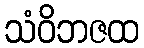
သံဝိဘဇထ